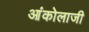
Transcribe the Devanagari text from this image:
आंकोलाजी